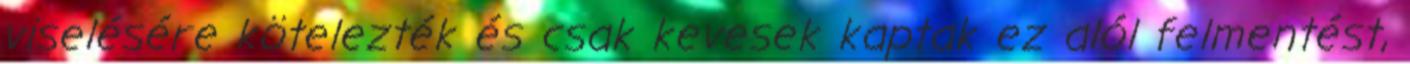
viselésére kötelezték és csak kevesek kaptak ez alól felmentést,